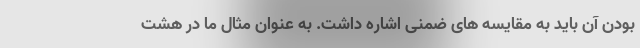
بودن آن باید به مقایسه های ضمنی اشاره داشت. به عنوان مثال ما در هشت